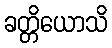
ခတ္တိယောသိ